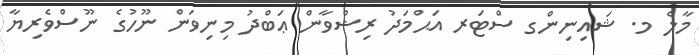
މާލެ މ. ޝައިނިންގ ސްޓަރ އަޙްމަދު ރިޟްވާން ޢަބްދު މިނިވަން ނޫހުގެ ނޫސްވެރިޔާ